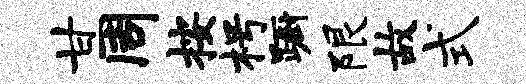
甘周按枵蹰限故式